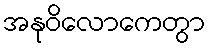
အနုဝိလောကေတွာ